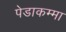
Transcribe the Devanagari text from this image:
पेडाकम्मा